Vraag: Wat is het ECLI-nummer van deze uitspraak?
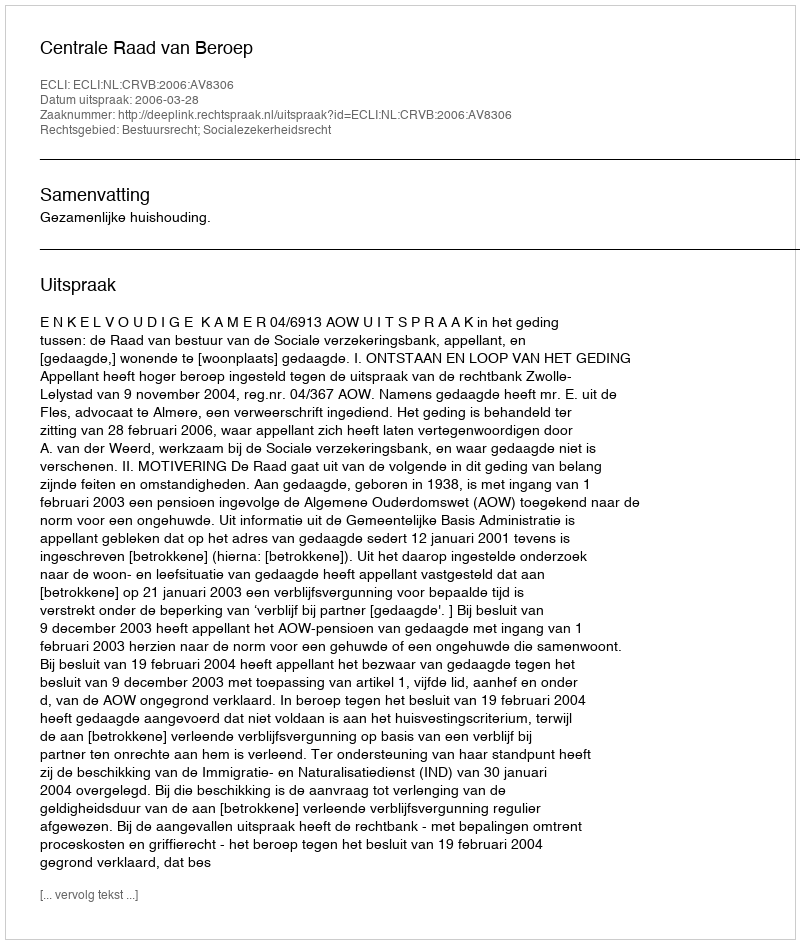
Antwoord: ECLI:NL:CRVB:2006:AV8306